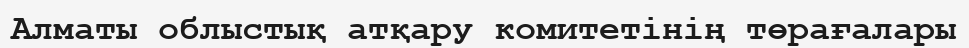
Алматы облыстық атқару комитетінің төрағалары